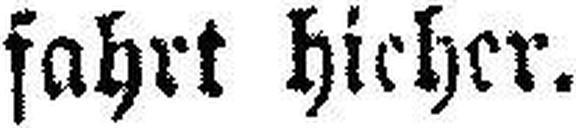
fahrt hieher.